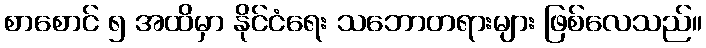
စာစောင် ၅ အထိမှာ နိုင်ငံရေး သဘောတရားများ ဖြစ်လေသည်။